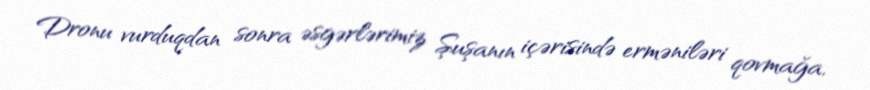
Dronu vurduqdan sonra əsgərlərimiz Şuşanın içərisində erməniləri qovmağa,